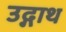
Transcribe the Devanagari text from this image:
उद्गाथ